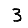
Digit: 3